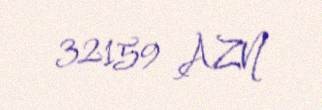
32159 AZN